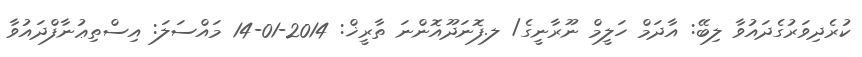
ކުރެދިވަރުގެދައުވާ ލިބޭ: އާދަމް ހަލީމް ނޫރާނީގެ/ ލ.ފޮނަދޫއޮންނަ ތާރީޚް: 2014-01-14 މައްސަލަ: އިސްތިޢުނާފްދައުވާ